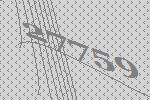
27759